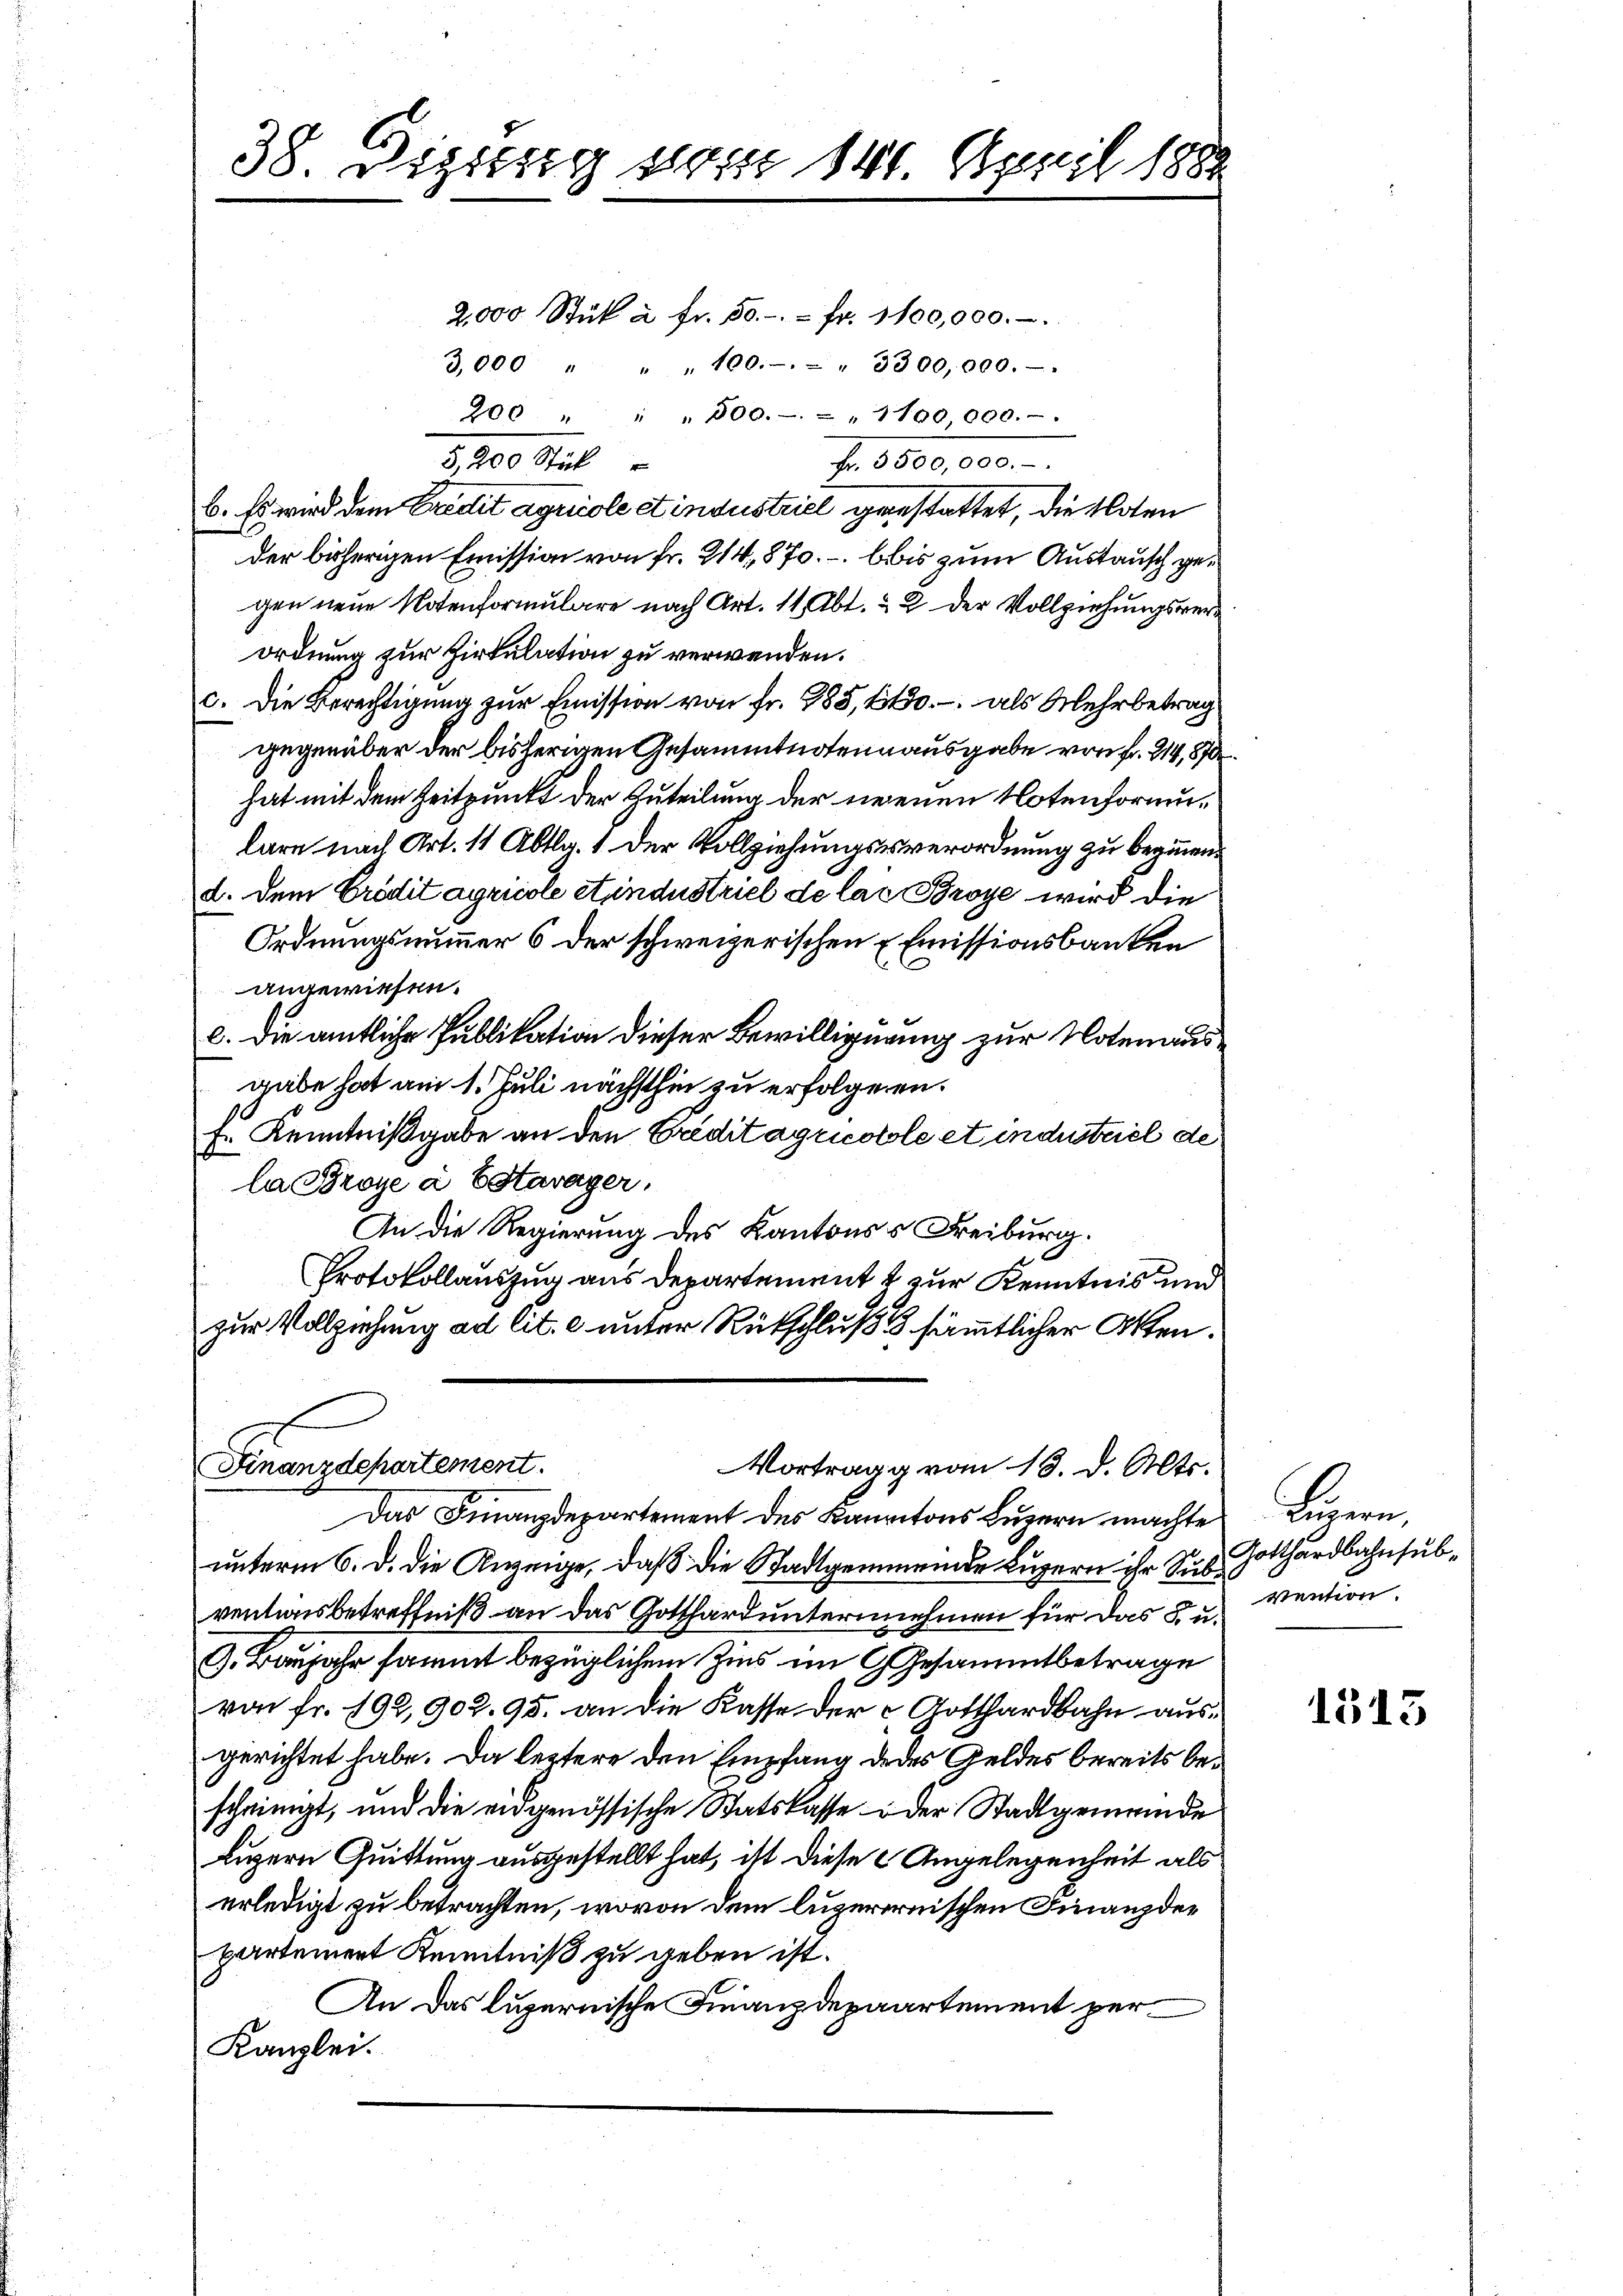
2,000 Stük à Fr. 50.-. fr. 1100,000.-
3,000 " " " 100.- " - " 3300,000.-
200 " " " 500. - " 1100,000.-
f. 8600,000.
b. Es wird dem Credit agricole et industriel gestattet, die Noten
der bisherigen Emission von Fr. 214, 870. bis zum Austausch gegen neue Notenformulare nach Art. 11, Abt. & 2 der Vollziehungsverordnung zur Zirkulation zu verwenden.
c. Die Berechtigung zur Emission von Fr. 285, 2150.- als Mehrbetrag
gegenüber der bisherigen Gesammtnotennausgabe von Fr. 214,870
hat mit dem Zeitpunkt der Zuteilung der neuen Notenformulare nach Art. 11 Abtlg. 1 der Vollziehungsverordnung zu beginnen.
d. dem Crédit agricole Stundustriel de las Broye wird die
Ordnungsnummer 6 der schweizerischen Emissionsbanken
angewiesen.
c. die amtliche Publikation dieser Bewilligung zur Notenausgabe hat am 1. Juli nächsthin zu erfolgenen.
Fr. Kenntnißgabe an den Creditagricotole et industriel de
la Broye à Estavayer,
An die Regierung des Kantonss Freiburg.
Protokollauszug aus Departement & zur Kenntnis und
zur Vollziehung ad lit. c unter Rückschluß 8 sämmtlicher Akten¬

38. Dezitzig vom 14. April 1881

5,200 Stück

Finanzdepartement.
Vortragg von 13. d. Mts.

Das Finanzdepartement des Kantons Luzern machte
unterm 6. d. die Anzeige, daß die Stadtgemeinde Luzern ihr Sus. Gotthardbahnsubventiisbetreffniß an das Gotthard unternehmen für das K. u.
J. Banjahr sammt bezüglichem Zins im Gesammtbetrage
von fr. 192, 902. 95. an die Kasse der c Gotthardbahn ausgerichtet habe. Da letztere den Empfang dedes Geldes bereits bescheinigt, und die eidgenössische Statskasse oder Stadtgemeinde
Luzern Quittung ausgestellt hat, ist diese Angelegenheit als
erledigt zu betrachten, wovon dem luzerernischen Finanzdepartement Kenntniß zu geben ist.
An das luzernische Finanzdepaartement per¬
Kanzlei.

Bienen
Vention.

1513